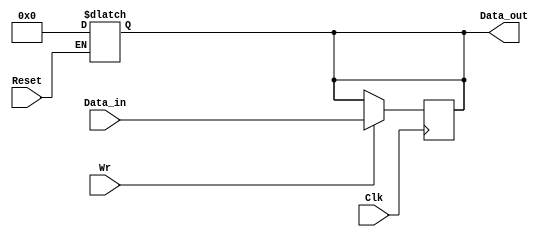
`timescale 1ns / 1ps
module Register32(
input [31:0] Data_in,
output reg[31:0] Data_out,
input Wr, //Sync.
input Reset, //Async.
input Clk
    );


/*  DO NOT EDIT THIS FILE   */

localparam Reg_delay= 2; //2 ns

always @(Reset)
begin
	if (Reset)  Data_out<=#Reg_delay 0;
end
always @(posedge Clk)
begin
	if (Wr)
	begin
		Data_out <=#Reg_delay Data_in; 
	end
end


endmodule